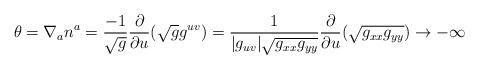
LaTeX: \begin{align*}\theta = \nabla_a n^a = {- 1 \over \sqrt{g}} {\partial \over \partial u} {(\sqrt{g} g^{uv})} ={1 \over |g_{uv}|\sqrt{g_{xx} g_{yy}}} {\partial \over \partial u} {(\sqrt{g_{xx} g_{yy}})} \to - \infty\end{align*}